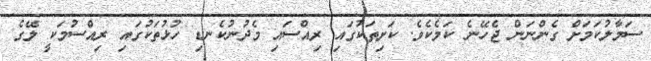
ސަމާލުކަމަށް ގެންނަން ޖެހޭނެ ކަމެކެވެ. ކަށިތަކުގައި ރިއްސައި މެދުނުކެނޑި ހުޅުތަކުގައި ރިއްސުމަކީ ލޭގެ